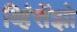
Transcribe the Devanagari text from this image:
व्हिंसेंझो